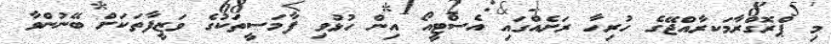
މި ޕްރޮގްރާމަކރާއްޖޭގެ ހުރިހާ ރަށެއްގައި އެސްޓީއޯ އިން ހުޅުވި ފާމަސީތަކުގެ ވަޒީފާތަކަށް ބޭނުންވާ